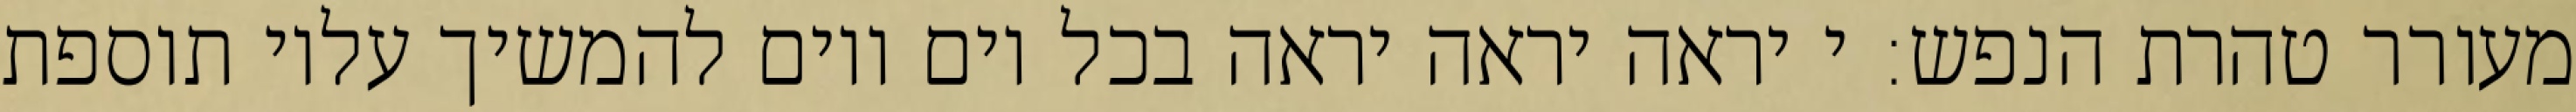
מעורר טהרת הנפש: י יראה יראה יראה בכל יום ויום להמשיך עליו תוספת